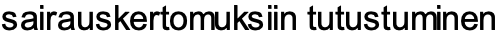
sairauskertomuksiin tutustuminen